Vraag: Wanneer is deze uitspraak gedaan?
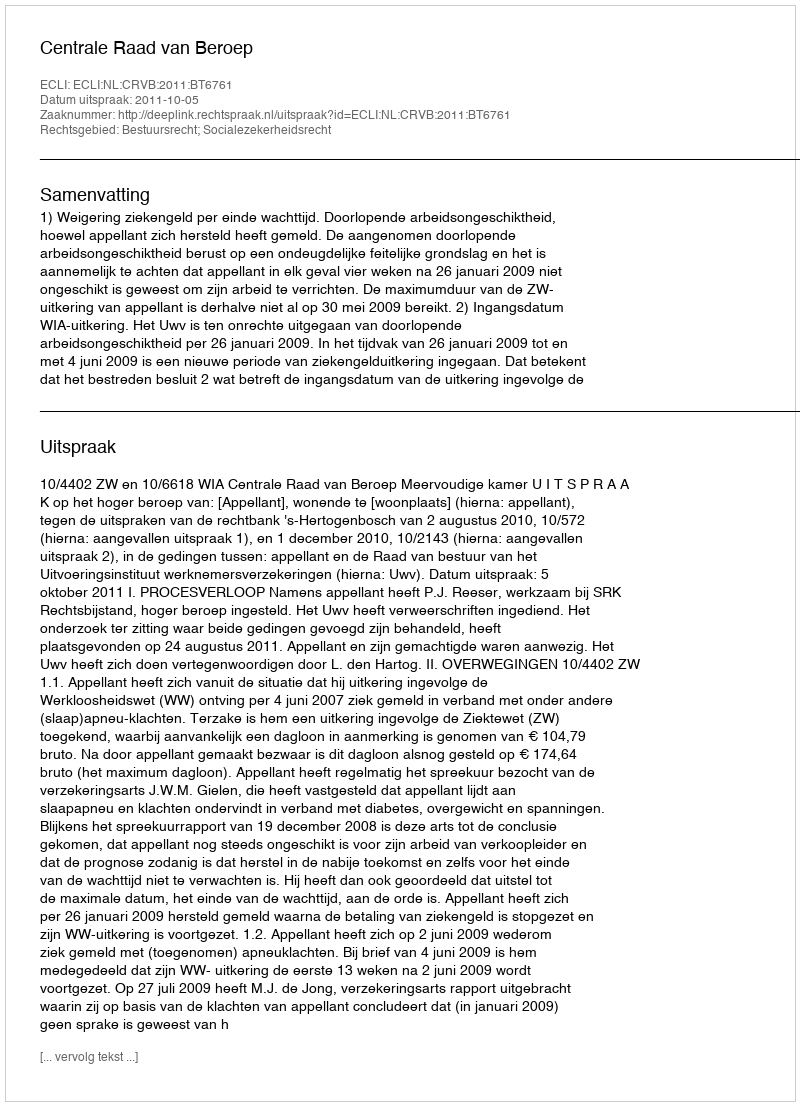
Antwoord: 2011-10-05